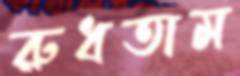
রুধতাম